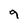
Character: 9